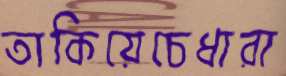
তাকিয়েচেধারা